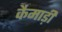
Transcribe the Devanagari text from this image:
कैमाड़ी